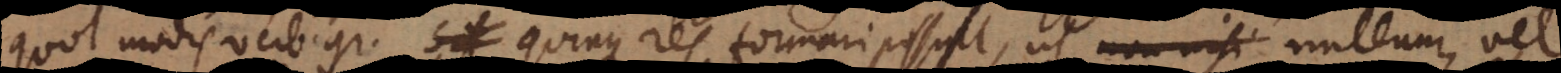
quot modis verbi gratia quinque res formari possint, ut nullum, vel